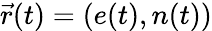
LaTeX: \vec{r}(t)=(e(t),n(t))